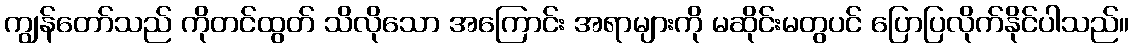
ကျွန်တော်သည် ကိုတင်ထွတ် သိလိုသော အကြောင်း အရာများကို မဆိုင်းမတွပင် ပြောပြလိုက်နိုင်ပါသည်။